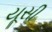
યૂસી